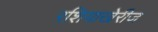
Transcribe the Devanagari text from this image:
रशियाखेरीज